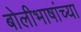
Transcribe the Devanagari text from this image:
बोलीभाषांच्या